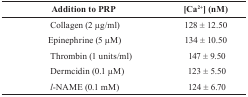
| Addition to PRP | [Ca2+] (nM) |
 | --- | --- |
 | Collagen (2 μg/ml) | 128 ± 12.50 |
 | Epinephrine (5 μM) | 134 ± 10.50 |
 | Thrombin (1 units/ml) | 147 ± 9.50 |
 | Dermcidin (0.1 μM) | 123 ± 5.50 |
 | l-NAME (0.1 mM) | 124 ± 6.70 |